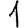
Digit: 1